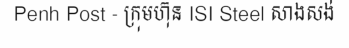
Penh Post - ក្រុមហ៊ុន ISI Steel សាងសង់